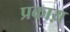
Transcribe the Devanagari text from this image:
प्रकाय़